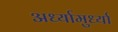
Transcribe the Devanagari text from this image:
अर्ध्यामुर्ध्या